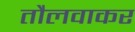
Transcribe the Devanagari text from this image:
तौलवाकर